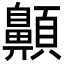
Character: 𩕬